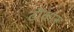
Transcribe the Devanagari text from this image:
ढोकारू